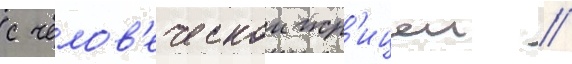
с челов'еческои жр'ицеи //